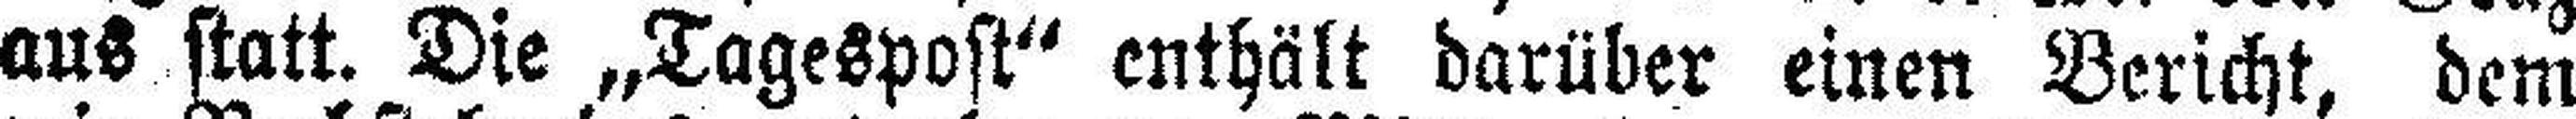
aus statt. Die „Tagespost“ enthält darüber einen Bericht, dem